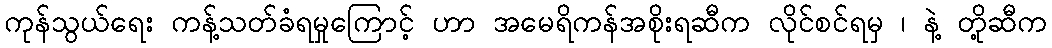
ကုန်သွယ်ရေး ကန့်သတ်ခံရမှုကြောင့် ဟာ အမေရိကန်အစိုးရဆီက လိုင်စင်ရမှ ၊ နဲ့ တို့ဆီက